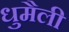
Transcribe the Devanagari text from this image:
धुमैली